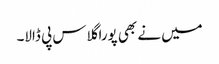
میں نے بھی پورا گلاس پی ڈالا۔